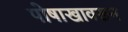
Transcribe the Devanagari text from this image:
पोषाखावरून